Annual report of the Madras Medical College
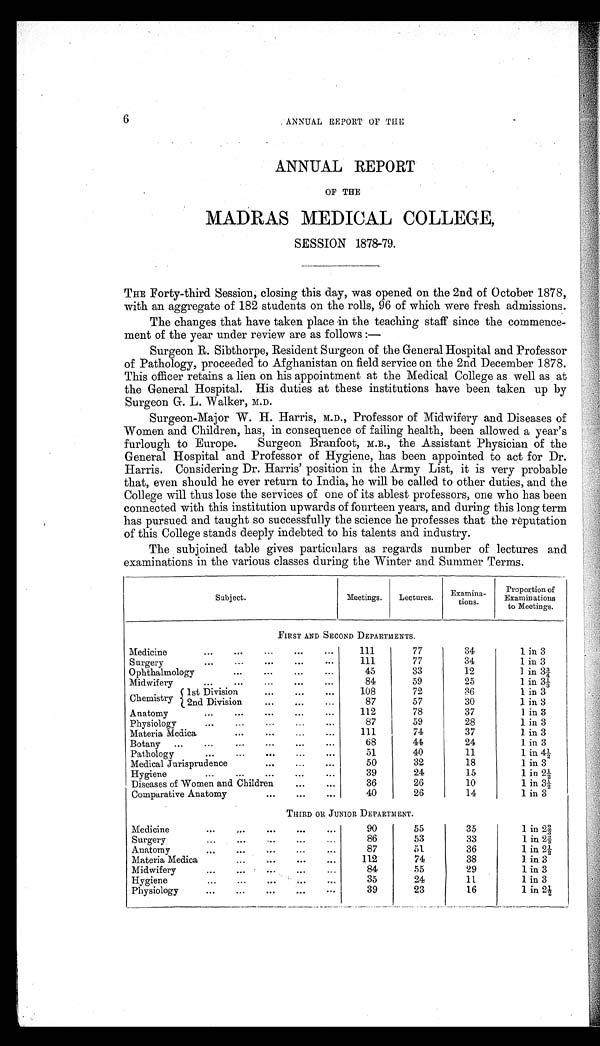
6
ANNUAL REPORT OF THE
ANNUAL REPORT
MADRAS MEDICAL COLLEGE,
SESSION 1878-79.
THE Forty-third Session, closing this day, was opened on the 2nd of October 1878,
with an aggregate of 182 students on the rolls, 96 of which were fresh admissions.
The changes that have taken place in the teaching staff since the commence-
ment of the year under review are as follows :
—
Surgeon R. Sibthorpe, Resident Surgeon of the General Hospital and Professor
of Pathology, proceeded to Afghanistan on field service on the 2nd December 1878.
This officer retains a lien on his appointment at the Medical College as well as at
the General Hospital. His duties at these institutions have been taken up by
Surgeon G. L. Walker, M.D.
Surgeon-Major W. H. Harris, M.D., Professor of Midwifery and Diseases of
Women and Children, has, in consequence of failing health, been allowed a year's
furlough to Europe. Surgeon Branfoot, M.B., the Assistant Physician of the
General Hospital and Professor of Hygiene, has been appointed to act for Dr.
Harris. Considering Dr. Harris' position in the Army List, it is very probable
that, even should he ever return to India, he will be called to other duties, and the
College will thus lose the services of one of its ablest professors, one who has been
connected with this institution upwards of fourteen years, and during this long term
has pursued and taught so successfully the science he professes that the reputation
of this College stands deeply indebted to his talents and industry.
The subjoined table gives particulars as regards number of lectures and
examinations in the various classes during the Winter and Summer Terms.
Subject .
Meetings.
Lectures.
Examina-
tions.
Proportion of
Examinations
to Meetings.
FIRST AND SECOND DEPARTMENTS.
Medicine
...
...
...
...
...
111
77
34
1 in 3
Surgery
...
...
...
...
...
111
77
34
1 in 3
Ophthalmology
...
...
...
...
45
33
12
1 in 3¾
Midwifery
...
...
...
...
...
84
59
25
1 in 31/3
Chemistry
1st Division
...
...
. . .
2nd Division
...
...
...
108
87
72
57
86
30
1 in 3
1 in 3
Anatomy
...
...
...
...
...
112
78
37
1 in 3
Physiology
...
...
. . .
87
59
28
1 in 3
Materia Medica
...
...
...
...
111
74
37
1 in 3
Botany
...
...
...
...
•••
. ..
68
4 4
24
1 in 3
Pathology
...
...
...
...
. . .
51
40
11
1 in 4½
Medical Jurisprudence
...
...
50
32
18
1 in 3
Hygiene
...
...
...
...
...
39
24
15
1 in 2½
Diseases of Women and Children
...
...
36
26
10
1 in 3½
Comparative Anatomy
... ...
...
40
26
14
1 in 3
THIRD OR JUNIOR DEPARTMENT.
Medicine
... ...
...
...
. . .
90
55
35
1 in 2⅔
Surgery
...
... ..
...
...
86
53
33
1 in 2⅔
Anatomy
...
...
...
...
...
87
51
36
1 in 2½
Materia Medica
...
...
...
. . .
112
74
38
1 in 3
Midwifery
...
... ...
...
...
84
55
29
1 in 3
Hygiene
...
...
... ...
...
35
24
11
1 in 3
Physiology
. . . ... ...
...
39
23
16
1 in 2½